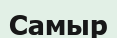
Самыр